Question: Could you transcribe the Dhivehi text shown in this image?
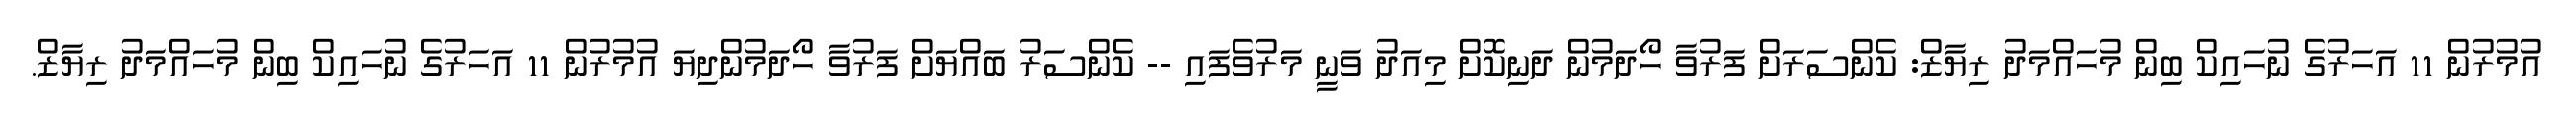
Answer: އުމުރުން 11 އަހަރުގެ ނުހައިކް ބިން މުހައްމަދު ރިޔާޒް: ކެންސަރަށް ފަރުވާ ހޯދަމުން ދަނިކޮށް މިއަދު ވަނީ މަރުވެފައި -- ކެންސަރު ބައްޔަށް ފަރުވާ ހޯދަމުންދިޔަ އުމުރުން 11 އަހަރުގެ ނުހައިކް ބިން މުހައްމަދު ރިޔާޒް.